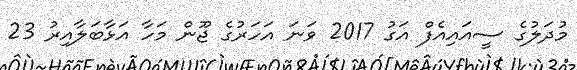
މުދަލުގެ ސީއައިއެފް އަގު 2017 ވަނަ އަހަރުގެ ޖޫން މަހާ އަޅާބަލާއިރު 23